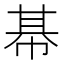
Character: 𢃛